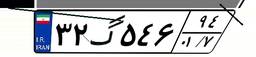
۳۲گ۵۴۶۹۴